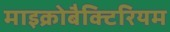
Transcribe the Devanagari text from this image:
माइक्रोबैक्टिरियम